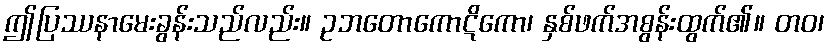
ဤပြဿနာမေးခွန်းသည်လည်း။ ဥဘတောကောဋိကော၊ နှစ်ဖက်အစွန်းထွက်၏။ တဝ၊